Report on vaccination in Madras 1895-1903 - 1895-1903
Year: 1895
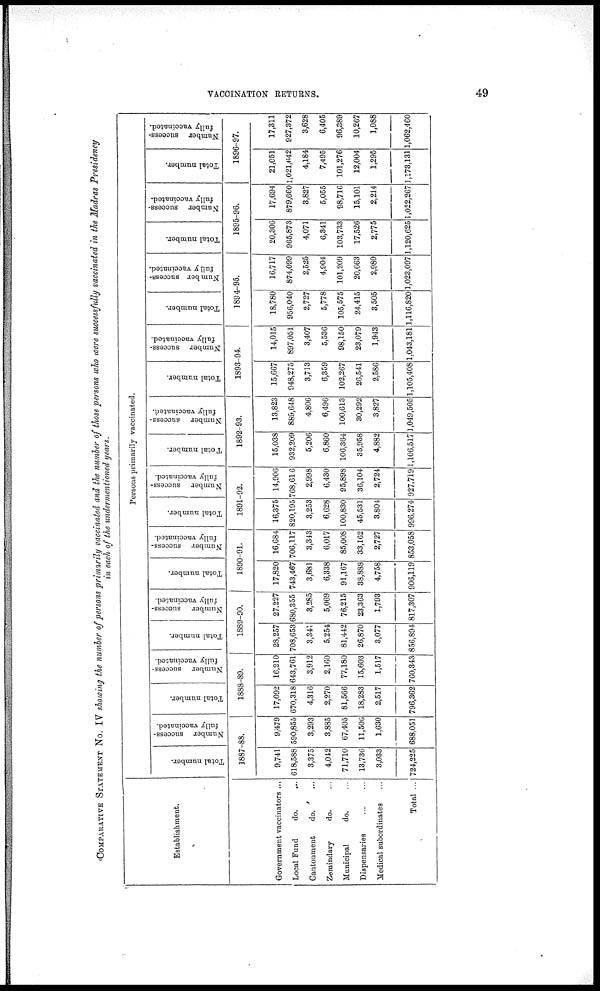
VACCINATION RETURNS.
49
COMPARATIVE STATEMENT No. IV showing the number of persons primarily vaccinated and the number of those persons who were successfully vaccinated in the Madras Presidency
in each of the undermentioned years.
Establishment.
Government vaccinators ...
Local Fund
do. ...
Cantonment
do. ...
Zemindary
do. ...
Municipal
do. ...
Dispensaries
...
...
Medical subordinates ...
Total ...
Persons primarily vaccinated.
Total number.
Number success-
fully vaccinated.
1887-88.
9,741
618,588
3,375
4,042
71,710
13,736
3,033
724,225
9,479
590,855
3,293
3,885
67,405
11,506
1,630
688,051
Total number.
Number success-
fully vaccinated.
1888-89.
17,092
670,318
4,316
2,270
81,566
18,283
2,517
796,362
16,210
643,761
3,912
2,160
77,180
15,603
1,517
760,343
Total number.
Number success-
fully vaccinated.
1889-90.
28,257
708,653
3,341
5,254
81,442
26,870
3,077
856,894
27,227
680,355
3,285
5,069
76,215
23,363
1,793
817,307
Total number.
Number success-
fully vaccinated.
1890-91.
17,820
743,467
3,681
6,338
91,167
38,888
4,758
906,119
16,684
706,117
3,343
6,017
85,008
33,162
2,727
853,058
Total number.
Number success-
fully vaccinated.
1891-92.
16,375
820,195
3,253
6,628
100,830
45,531
3,804
996,274
14,906
768,616
2,998
6,430
95,898
36,104
2,724
927,719
Total number.
Number success-
fully vaccinated.
1892-93.
15,038
932,209
5,206
6,860
106,364
35,958
4,882
1,106,517
13,823
889,648
4,806
6,496
100,613
30,292
3,827
1,049,505
Total number.
Number success-
fully vaccinated.
1893-94.
15,667
948,275
3,713
6,359
102,267
26,541
2,586
1,105,408
14,015
897,051
3,407
5,536
98,150
23,079
1,943
1,043,181
Total number.
Number success-
fully vaccinated.
1894-95.
18,780
956,040
2,727
5,778
105,575
24,415
3,505
1,116,820
16,717
874,099
2,525
4,904
101,209
20,663
2,980
1,023,097
Total number.
Number success-
fully vaccinated.
1895-96.
20,306
965,873
4,071
6,341
103,733
17,526
2,775
1,120,625
17,694
879,660
3,827
5,055
98,716
15,101
2,214
1,022,267
Total number.
Number success-
fully vaccinated.
1896-97.
21,051
1,021,642
4,184
7,495
101,276
12,004
1,295
1,173,131
17,311
927,372
3,628
6,405
96,389
10,267
1,088
1,062,460